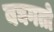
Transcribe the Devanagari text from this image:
बघगतो